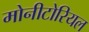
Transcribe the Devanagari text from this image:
मोनीटोरियल